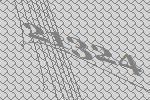
21324